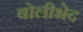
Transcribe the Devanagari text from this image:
बोलीभेद